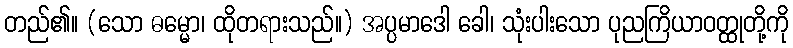
တည်၏။ (သော ဓမ္မော၊ ထိုတရားသည်။) အပ္ပမာဒေါ ခေါ၊ သုံးပါးသော ပုညကြိယာဝတ္ထုတို့ကို